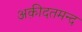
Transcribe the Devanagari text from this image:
अक़ीदतमन्द